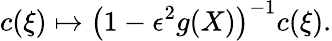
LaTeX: c(\xi)\mapsto\left(1-\epsilon^{2}g(X)\right)^{-1}{c}(\xi).